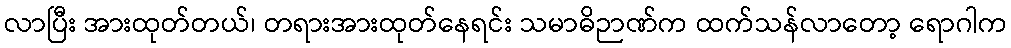
လာပြီး အားထုတ်တယ်၊ တရားအားထုတ်နေရင်း သမာဓိဉာဏ်က ထက်သန်လာတော့ ရောဂါက